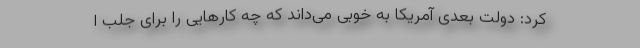
کرد: دولت بعدی آمریکا به خوبی می‌داند که چه کارهایی را برای جلب ا